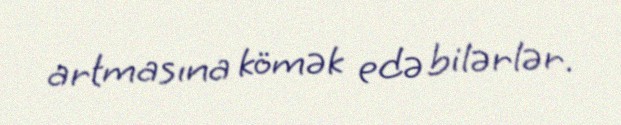
artmasına kömək edə bilərlər.